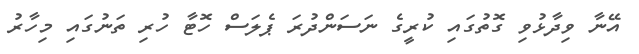
އޭނާ ވިދާޅުވި ގޮތުގައި ކުރީގެ ނަސަންދުރަ ޕެލަސް ހޮޓާ ހުރި ތަނުގައި މިހާރު